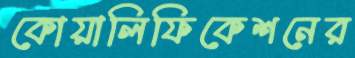
কোয়ালিফিকেশনের